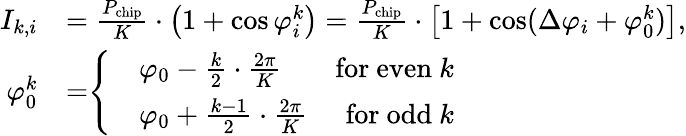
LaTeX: \begin{array}{rl}{I_{k,i}}&{=\frac{P_{\mathrm{chip}}}{K}\cdot\left(1+\cos\varphi_{i}^{k}\right)=\frac{P_{\mathrm{chip}}}{K}\cdot\left[1+\cos(\Delta\varphi_{i}+\varphi_{0}^{k})\right],}\\ {\varphi_{0}^{k}}&{=\begin{array}{r}{\left\{ \begin{array}{rlr}&{\varphi_{0}-\frac{k}{2}\cdot\frac{2\pi}{K}}&{\mathrm{for~even~}k}\\ &{\varphi_{0}+\frac{k-1}{2}\cdot\frac{2\pi}{K}}&{\mathrm{for~odd~}k}\end{array}\right.}\end{array}}\end{array}